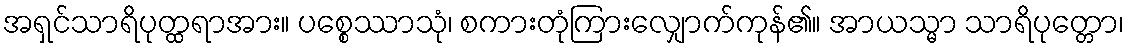
အရှင်သာရိပုတ္ထရာအား။ ပစ္စေဿာသုံ၊ စကားတုံကြားလျှောက်ကုန်၏။ အာယသ္မာ သာရိပုတ္တော၊